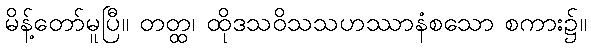
မိန့်တော်မူပြီ။ တတ္ထ၊ ထိုဒသဝိသသဟဿာနံစသော စကား၌။